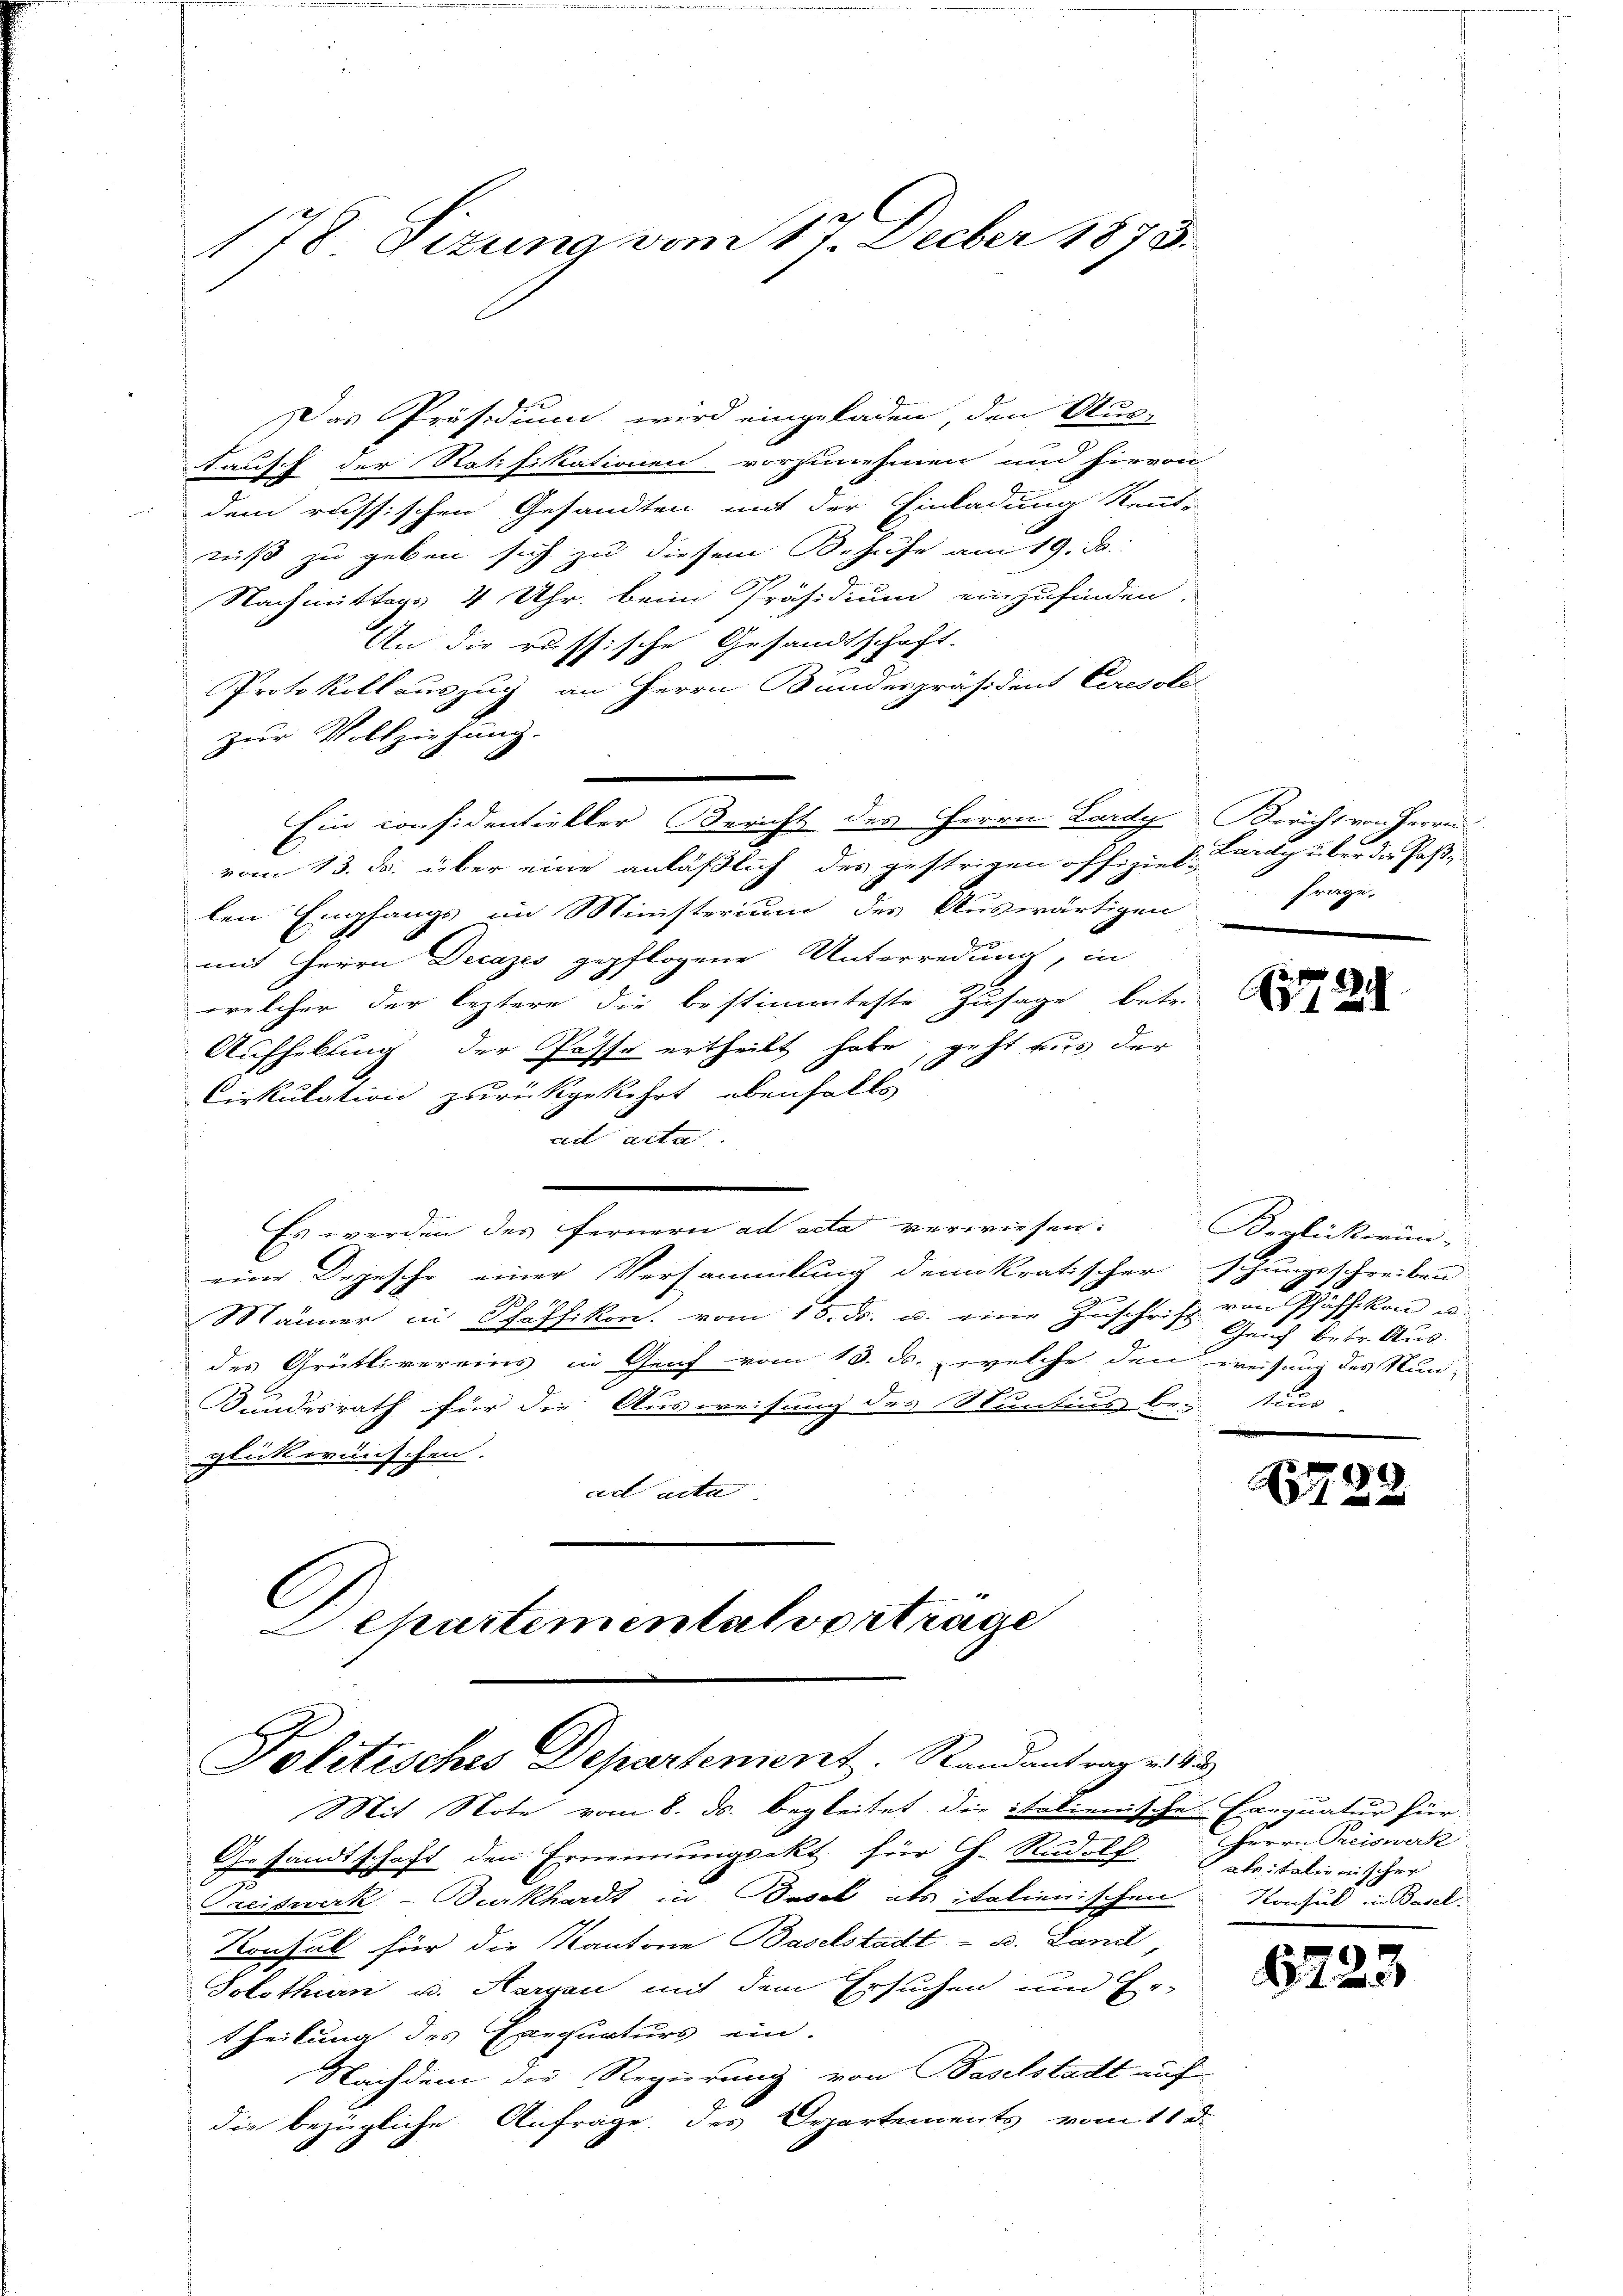
178. Sizung vom 17. Decber 1873.

Das Präsidium wird eingeladen den Aus-
tausch der Ratifikationen vorzunehmen und hievon
dem russischen Gesandten mit der Einladung kennt-
niß zu geben sich zu diesem Behufe am 19. d.
Nachmittags 4 Uhr beim Präsidium einzufinden.
An die russische Gesandtschaft.
Protokollauszug an Herrn Bundespräsident Ceresold
zur Vollziehung.
Ein considentieller Bericht des Herrn Lardy Bericht von Herrn
vom 13. ds. über eine anläßlich des gestrigen offiziel Lardy über die Paßlen Empfangs im Ministerium des Auswärtigen
mit Herrn Decazes gepflogene Unterredung, in
|
welcher der leztere die bestimmteste Zusage betr.
Aufhebung der Pässe ertheilt habe, geht aus der
Cirkulation zurückgekehrt, ebenfalls
ad acta
Es werden des fernern ad acta verwiesen.
eine Depesche einer Versammlung deinkratischer schungsschreiben
Männer in Schäffikon. vom 15. ds. u. eine Zuschrift Geich betr. Aus-
des Grütlivereins in Genf vom 13. d. welche den weisung des Nun¬
Bundesrath für die Ausweisung des Stuntius bei tius |
glück wünschen.
ad acta

C
Separtemental vortrage
Politisches Departement. Randantrage 185
Mit Note vom 8. ds. begleitet die italienische Exequatur für

Gesandtschaft den Ernennungsakt für Ch. Rudolf Salitationischer
Treidwerk- Burkhardt in Basel als italienischen
Konsul für die Kantone Baselstadt - u. Land
Solothurn u. Aargau mit dem Ersuchen und Er-
theilung des Exequaturs ein.
Nachdem die Regierung von Baselstadt auch
die bezügliche Anfrage des Orpartements vom 11. d.

frage.

Beglückerun-
von Pfäffikon u

1722

Herrn Preiswerk
Konsul in Basel.

6723